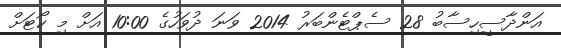
އަންދާސީހިސާބު 28 ސެޕްޓެންބަރު 2014 ވަނަ ދުވަހުގެ 10:00 އަށް މި ކޯޓަށް